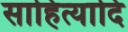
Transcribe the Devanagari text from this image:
साहित्यादि